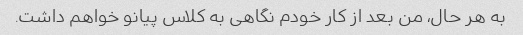
به هر حال، من بعد از کار خودم نگاهی به کلاس پیانو خواهم داشت.